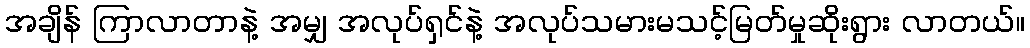
အချိန် ကြာလာတာနဲ့ အမျှ အလုပ်ရှင်နဲ့ အလုပ်သမားမသင့်မြတ်မှုဆိုးရွား လာတယ်။